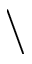
\backslash